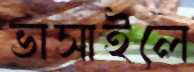
ভাসাইলে